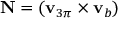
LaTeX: \mathbf { N } = ( \mathbf { v } _ { 3 \pi } \times \mathbf { v } _ { b } )